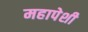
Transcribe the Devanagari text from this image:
महापेशी